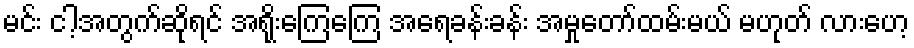
မင်း ငါ့အတွက်ဆိုရင် အရိုးကြေကြေ အရေခန်းခန်း အမှုတော်ထမ်းမယ် မဟုတ် လားဟေ့